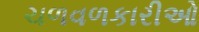
ચળવળકારીઓ